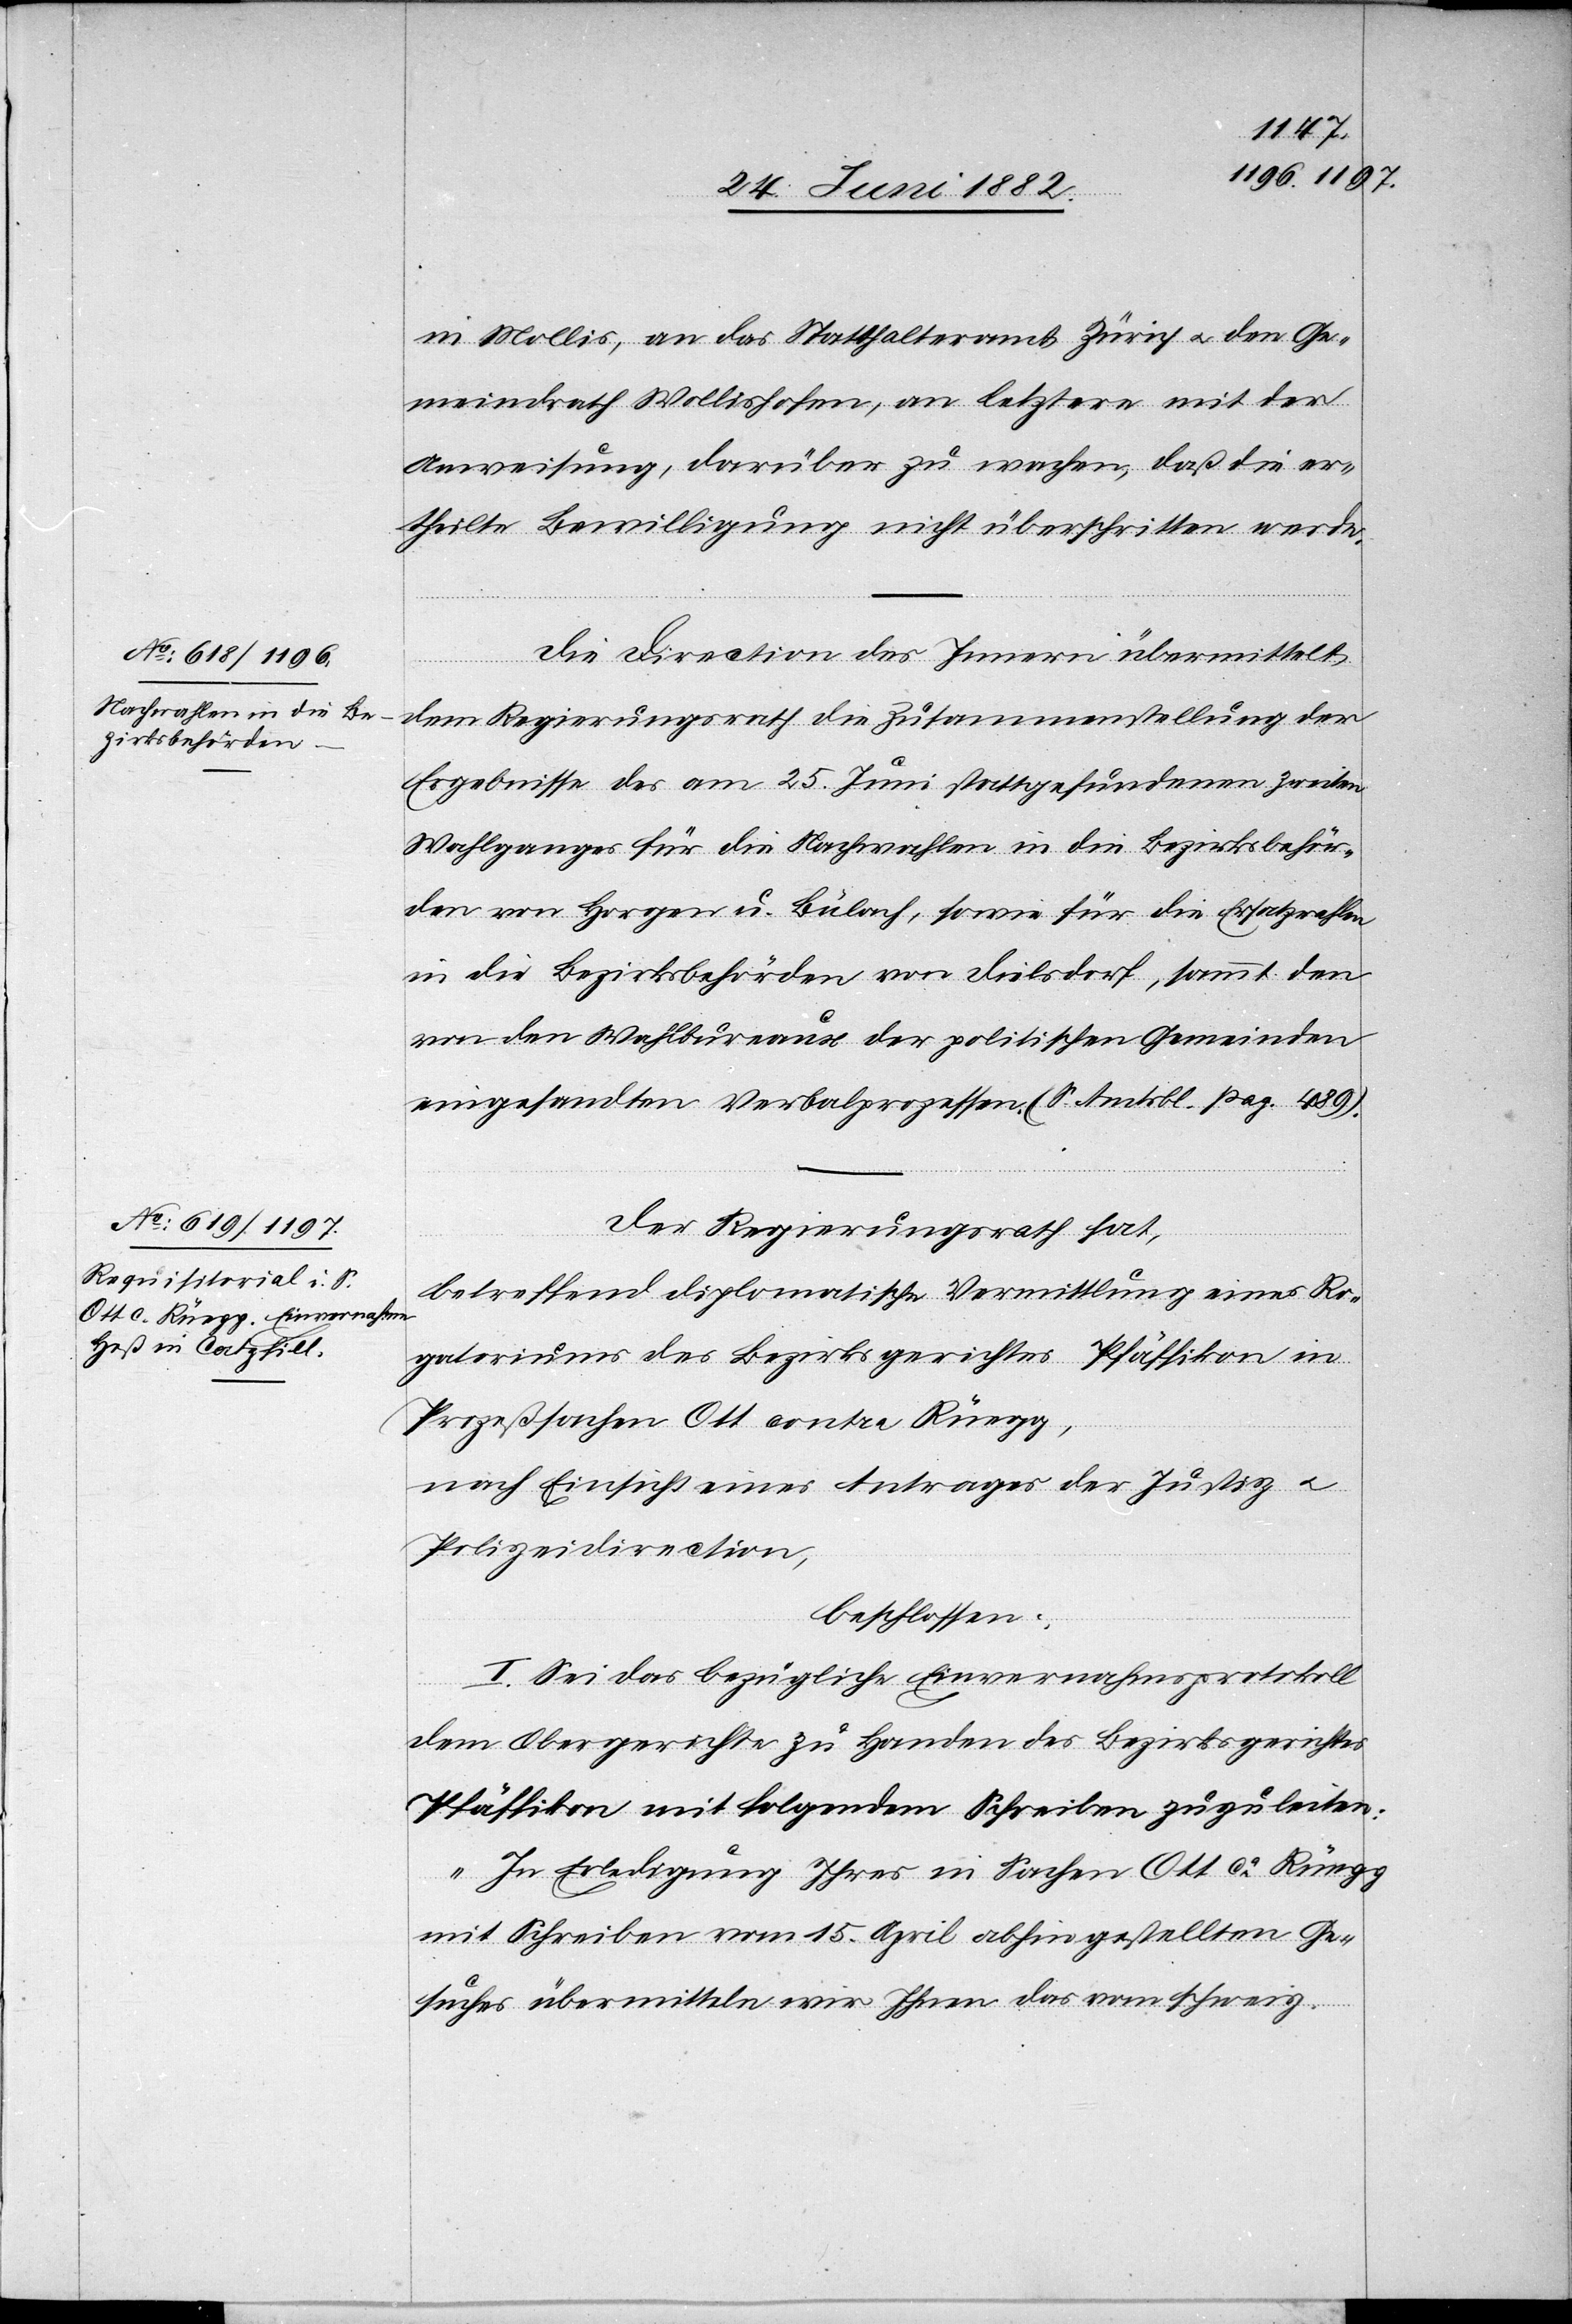
28. Juni 1882.]
in Mollis, an das Statthalteramt Zürich u. den Ge¬
meindrath Wollishofen, an letztere mit der
Anweisung, darüber zu wachen, daß die er¬
theilte Bewilligung nicht überschritten werde.
Die Direction des Innern übermittelt
dem Regierungsrath die Zusammenstellung der
Ergebnisse des am 25. Juni stattgefundenen zweiten
Wahlganges für die Nachwahlen in die Bezirksbehör¬
den von Horgen u. Bülach, sowie für die Ersatzwahlen
in die Bezirksbehörden von Dielsdorf, sammt den
von den Wahlbureaux der politischen Gemeinde
eingesandten Verbalprozessen. (S. Amtsbl. pag. 489).
Der Regierungsrath hat,
betreffend diplomatische Vermittlung eines Ro¬
gatoriums des Bezirksgerichtes Pfäffikon in
Prozeßsachen Ott contra Rüegg,
nach Einsicht eines Antrages der Justiz-
Polizeidirection,
beschlossen:
I. Sei das bezügliche Einvernahmsprotokoll
dem Obergerichte zu Handen des Bezirksgerichtes
Pfäffikon mit folgendem Schreiben zuzuleiten:
„In Erledigung Ihres in Sachen Ott ca Rüegg
mit Schreiben vom 15. April abhin gestellten Ge¬
suches übermitteln wir Ihnen das vom schweiz.